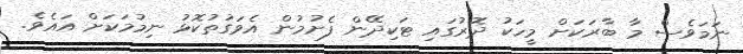
ނަމަވެސް މާ ބާރަކަށް މީހަކު ދޮރުގައި ޓަކިދޭން ފެށުމުން އެވަގުތުކޮޅު ނިމުމަކަށް އައެވެ.